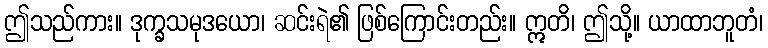
ဤသည်ကား။ ဒုက္ခသမုဒယော၊ ဆင်းရဲ၏ ဖြစ်ကြောင်းတည်း။ ဣတိ၊ ဤသို့။ ယာထာဘူတံ၊